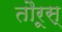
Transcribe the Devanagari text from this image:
तौरूस्